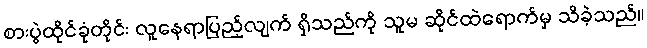
စားပွဲထိုင်ခုံတိုင်း လူနေရာပြည့်လျက် ရှိသည်ကို သူမ ဆိုင်ထဲရောက်မှ သိခဲ့သည်။